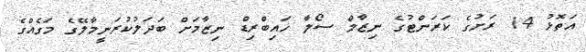
އަތޮޅު 14 ރަށުގެ ކަރަންޓުގެ ނިޒާމް ސޯލާ ހައިބްރިޑް ނިޒާމަށް ބަދަލުކުރަނީމާލޭގެ މަގެއްގެ